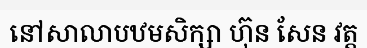
នៅសាលាបឋមសិក្សា ហ៊ុន សែន វត្ត